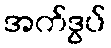
အက်ဒွပ်